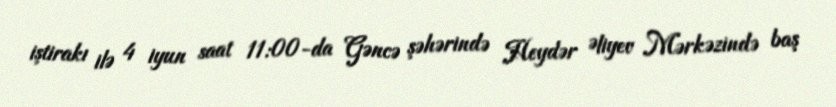
iştirakı ilə 4 iyun saat 11:00-da Gəncə şəhərində Heydər Əliyev Mərkəzində baş